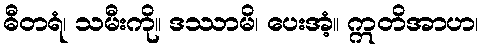
ဓီတရံ၊ သမီးကို။ ဒဿာမိ၊ ပေးအံ့။ ဣတိအာဟ၊